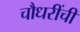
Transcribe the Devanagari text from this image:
चौधरींची